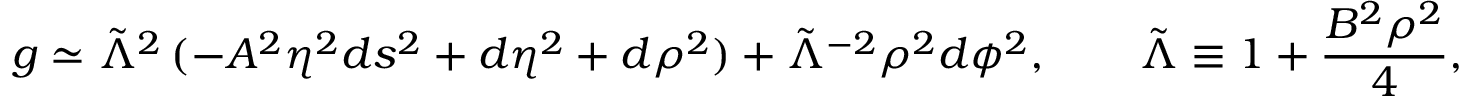
g \simeq \tilde { \Lambda } ^ { 2 } \, ( - A ^ { 2 } \eta ^ { 2 } d s ^ { 2 } + d \eta ^ { 2 } + d \rho ^ { 2 } ) + \tilde { \Lambda } ^ { - 2 } \rho ^ { 2 } d \phi ^ { 2 } , \qquad \tilde { \Lambda } \equiv 1 + \frac { B ^ { 2 } \rho ^ { 2 } } { 4 } ,